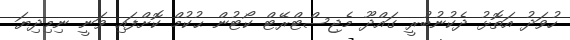
ހުވަދު އަތޮޅު ދެކުނުބުރީ ގައްދޫ މެޖިސްޓްރޭޓް ކޯޓުން ޙުކުމް ކޮށްފައި ވަނީ ނިމިދިޔަ